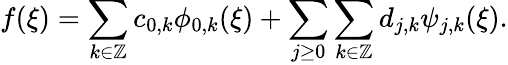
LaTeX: \begin{array}{r}{f(\xi)=\displaystyle\sum_{k\in\mathbb{Z}}c_{0,k}\phi_{0,k}(\xi)+\displaystyle\sum_{j\ge 0}\sum_{k\in\mathbb{Z}}d_{j,k}\psi_{j,k}(\xi).}\end{array}